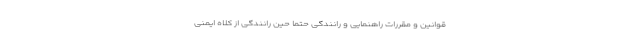
قوانین و مقررات راهنمایی و رانندگی حتما حین رانندگی از کلاه ایمنی